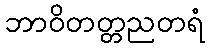
ဘာဝိတတ္တညတရံ